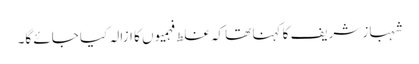
شہباز شریف کا کہنا تھا کہ غلط فہمیوں کا ازالہ کیا جائے گا۔